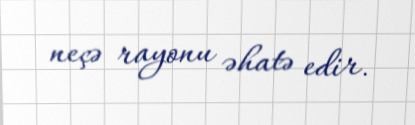
neçə rayonu əhatə edir.